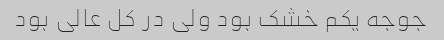
جوجه یکم خشک بود ولی در کل عالی بود